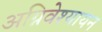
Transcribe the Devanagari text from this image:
अग्निवेश्यायन